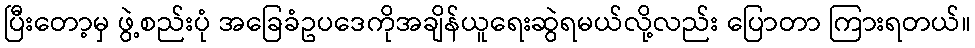
ပြီးတော့မှ ဖွဲ့စည်းပုံ အခြေခံဥပဒေကိုအချိန်ယူရေးဆွဲရမယ်လို့လည်း ပြောတာ ကြားရတယ်။